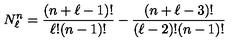
N _ { \ell } ^ { n } = \frac { ( n + \ell - 1 ) ! } { \ell ! ( n - 1 ) ! } - \frac { ( n + \ell - 3 ) ! } { ( \ell - 2 ) ! ( n - 1 ) ! }